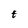
Character: t